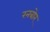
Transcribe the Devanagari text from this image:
रनबोर